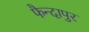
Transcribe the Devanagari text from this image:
फैन्दापुर